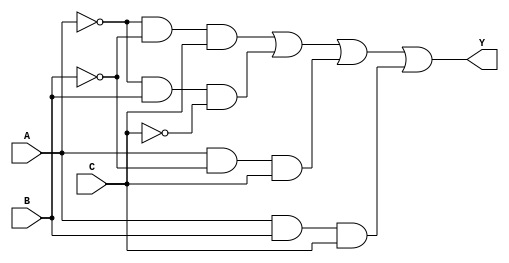
module sop_simplification (
    input wire A,        // Input A
    input wire B,        // Input B
    input wire C,        // Input C
    output wire Y        // Output Y
);

// Define the minterms for the SOP expression
// For example, let's say the minterms are 1, 2, 5, and 6 (i.e., A'B'C, A'BC', AB'C', ABC)
wire m1 = (~A & ~B & C); // minterm 1 (A'B'C)
wire m2 = (~A & B & ~C); // minterm 2 (A'BC')
wire m5 = (A & ~B & C);  // minterm 5 (AB'C)
wire m6 = (A & B & C);   // minterm 6 (ABC)

// Combine the minterms to form the SOP expression
assign Y = m1 | m2 | m5 | m6;

endmodule